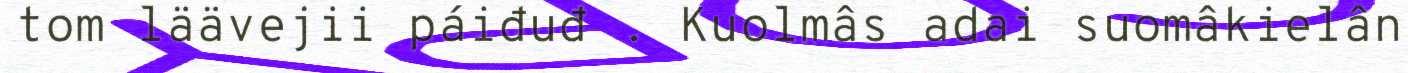
tom läävejii páiđuđ . Kuolmâs adai suomâkielân